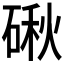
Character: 𥔍